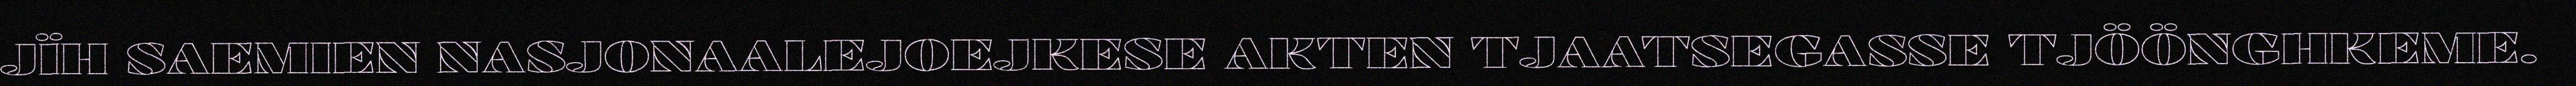
JÏH SAEMIEN NASJONAALEJOEJKESE AKTEN TJAATSEGASSE TJÖÖNGHKEME.